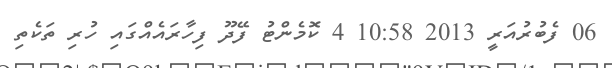
06 ފެބުރުއަރީ 2013 10:58 4 ކޮމެންޓު ފޭދޫ ފިހާރައެއްގައި ހުރި ތަކެތި